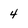
Character: 4